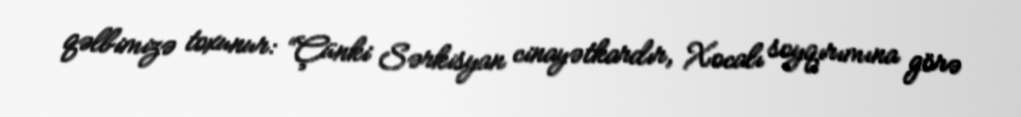
qəlbimizə toxunur: “Çünki Sərkisyan cinayətkardır, Xocalı soyqırımına görə